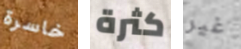
خاسرة كثرة غير